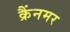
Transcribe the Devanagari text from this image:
क्रैंनमर